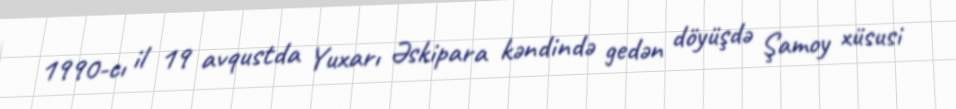
1990-cı il 19 avqustda Yuxarı Əskipara kəndində gedən döyüşdə Şamoy xüsusi